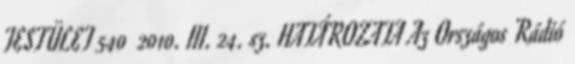
TESTÜLET 540 2010. III. 24. sz. HATÁROZATA Az Országos Rádió